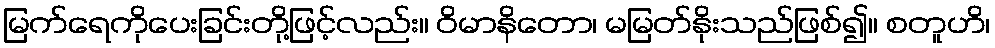
မြက်ရေကိုပေးခြင်းတို့ဖြင့်လည်း။ ဝိမာနိတော၊ မမြတ်နိုးသည်ဖြစ်၍။ စတူဟိ၊